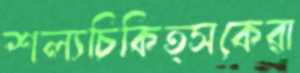
শল্যচিকিত্সকেরা